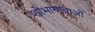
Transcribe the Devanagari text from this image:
शोभायात्राओं